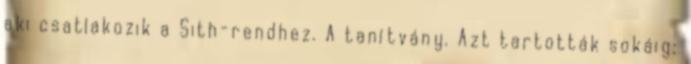
aki csatlakozik a Sith-rendhez. A tanítvány. Azt tartották sokáig: